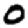
Digit: 0